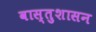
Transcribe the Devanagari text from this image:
वास्तुशासन